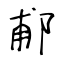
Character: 郙